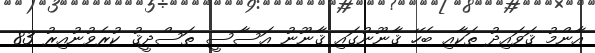
އާންމު ޤަވައިދު ތަކާއި ބެހޭ ޤާނޫނުގައި ޤާނޫނު އަސާސީ ތަސްދީޤު ކުރެވުނުއިރު 83